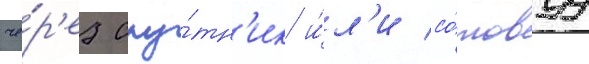
че́р'ез спу́тн'ик и́л'и со́товуу